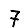
Digit: 7